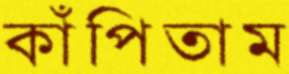
কাঁপিতাম